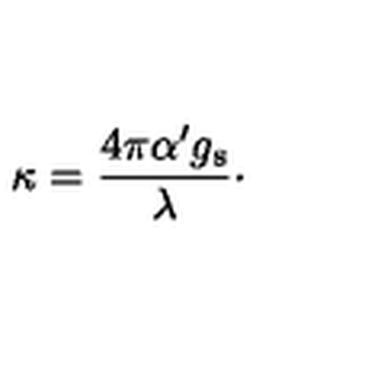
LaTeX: \kappa = { \frac { 4 \pi \alpha ^ { \prime } g _ { \mathrm { s } } } { \lambda } } \cdotp